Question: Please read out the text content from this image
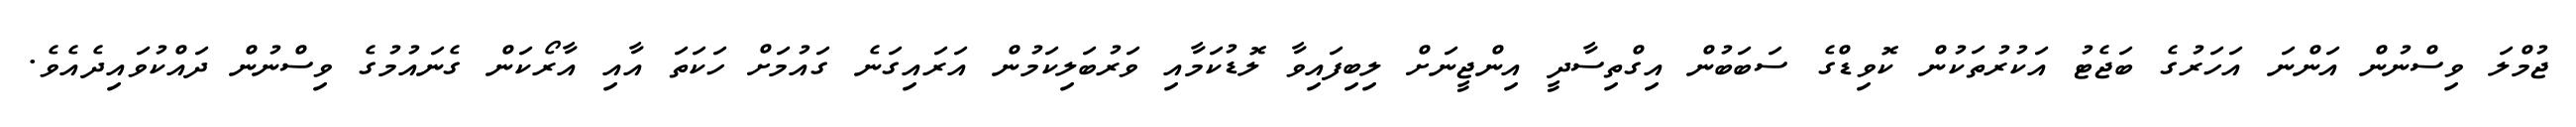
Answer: ޖުމްލަ ވިސްނުން އަންނަ އަހަރުގެ ބަޖެޓު އަކުރުތަކުން ކޮވިޑްގެ ސަބަބުން އިގްތިސާދީ އިންޖީނަށް ލިބިފައިވާ ލޮޑުކަމާއި ވަރުބަލިކަމުން އަރައިގަނެ ގައުމަށް ހަކަތަ އާއި އާރޯކަން ގެނައުމުގެ ވިސްނުން ދައްކުވައިދެއެވެ.